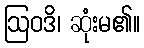
ဩဝဒိ၊ ဆုံးမ၏။